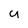
Character: U